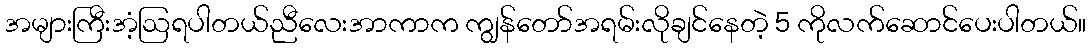
အများကြီးအံ့ဩရပါတယ်ညီလေးအာကာက ကျွန်တော်အရမ်းလိုချင်နေတဲ့ 5 ကိုလက်ဆောင်ပေးပါတယ်။